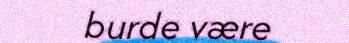
burde være